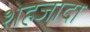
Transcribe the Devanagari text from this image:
शेहजादा